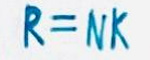
$R = Nk$